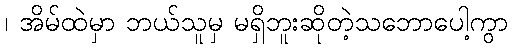
၊ အိမ်ထဲမှာ ဘယ်သူမှ မရှိဘူးဆိုတဲ့သဘောပေါ့ကွာ